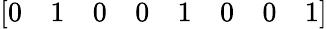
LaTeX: \left[\begin{array}{llllllll}{0}&{1}&{0}&{0}&{1}&{0}&{0}&{1}\end{array}\right]